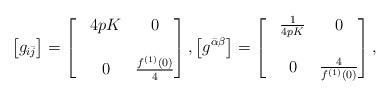
LaTeX: \begin{align*}\\&\left[g_{i\bar{j}}\right]=\left[ \begin{matrix}\displaystyle &4pK &0\\\\&0 &\frac{f^{(1)}(0)}{4}\end{matrix}\right],\left[ g^{\bar{\alpha}\beta}\right]=\left[ \begin{matrix}\displaystyle &\frac{1}{4pK} &0\\\\&0 &\frac{4}{f^{(1)}(0)}\end{matrix}\right],\end{align*}